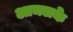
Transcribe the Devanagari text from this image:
आमलके